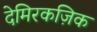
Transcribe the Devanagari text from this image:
देमिरकज़िक